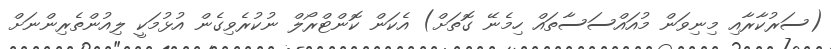
(ސަރުކާރާއި މިނިވަން މުއައްސަސާތައް ހިމެނޭ ގޮތަށް) އެކަން ކޮންޓްރޯލް ނުކުރެވިގެން އުޅުމަކީ ލިއުންތެރިންނަށް